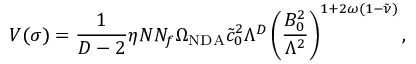
V ( \sigma ) = \frac { 1 } { D - 2 } \eta N N _ { f } \Omega _ { \mathrm { N D A } } \tilde { c } _ { 0 } ^ { 2 } \Lambda ^ { D } \left( \frac { B _ { 0 } ^ { 2 } } { \Lambda ^ { 2 } } \right) ^ { 1 + 2 \omega ( 1 - \tilde { \nu } ) } ,